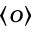
\langle o \rangle